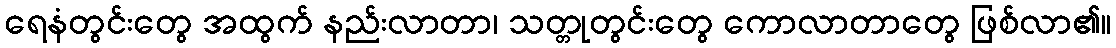
ရေနံတွင်းတွေ အထွက် နည်းလာတာ၊ သတ္တုတွင်းတွေ ကောလာတာတွေ ဖြစ်လာ၏။